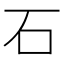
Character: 石